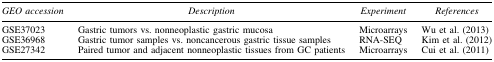
<table><thead><tr><td><b><i>GEO accession</i></b></td><td><b><i>Description</i></b></td><td><b><i>Experiment</i></b></td><td><b><i>References</i></b></td></tr></thead><tbody><tr><td>GSE37023</td><td>Gastric tumors vs. nonneoplastic gastric mucosa</td><td>Microarrays</td><td>Wu et al. (2013)</td></tr><tr><td>GSE36968</td><td>Gastric tumor samples vs. noncancerous gastric tissue samples</td><td>RNA-SEQ</td><td>Kim et al. (2012)</td></tr><tr><td>GSE27342</td><td>Paired tumor and adjacent nonneoplastic tissues from GC patients</td><td>Microarrays</td><td>Cui et al. (2011)</td></tr></tbody></table>